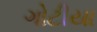
ગોટીયા